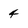
Character: 4